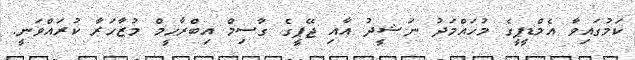
ކަމުގައިވާ އެމްޑީޕީގެ މުހައްމަދު ނަޝީދު އާއި ޖޭޕީގެ ގާސިމް އިބްރާހީމް މުޒާހަރާ ކުރައްވަނީ.